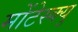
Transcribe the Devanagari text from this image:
मोंटेस्क्यु